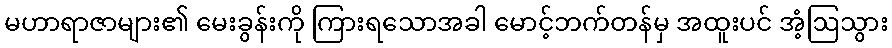
မဟာရာဇာများ၏ မေးခွန်းကို ကြားရသောအခါ မောင့်ဘက်တန်မှ အထူးပင် အံ့ဩသွား